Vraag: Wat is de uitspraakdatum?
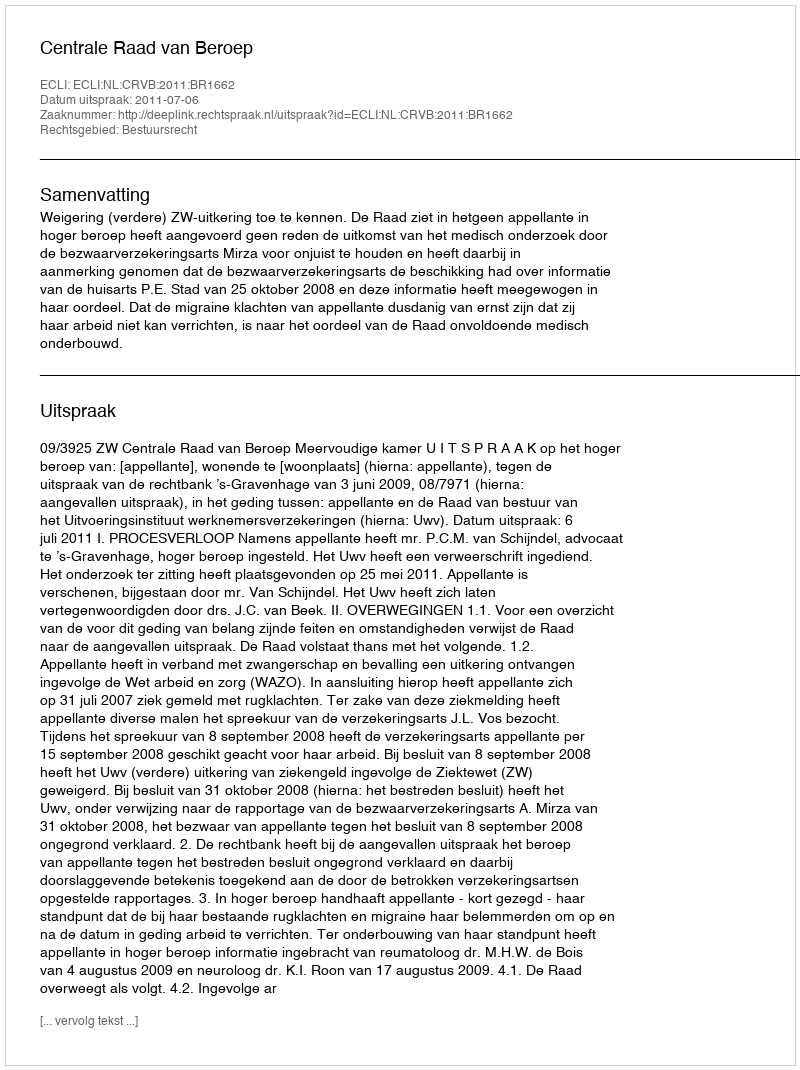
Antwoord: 2011-07-06